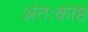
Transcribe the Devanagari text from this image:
अंतःकाष्ठ